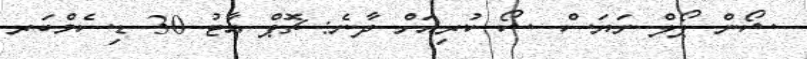
ޝޯން ޕޯލް ނަޔަސް ޝޯ ކުރިއަށް ދާނެ: ޗޮޕް އާޓު 30 ޑިސެމްބަރ